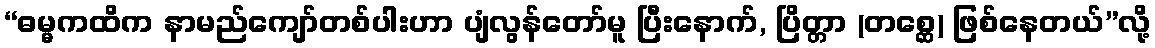
“ဓမ္မကထိက နာမည်ကျော်တစ်ပါးဟာ ပျံလွန်တော်မူ ပြီးနောက်, ပြိတ္တာ (တစ္ဆေ) ဖြစ်နေတယ်”လို့